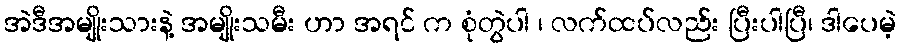
အဲဒီအမျိုးသားနဲ့ အမျိုးသမီး ဟာ အရင် က စုံတွဲပါ ၊ လက်ထပ်လည်း ပြီးပါပြီ၊ ဒါပေမဲ့